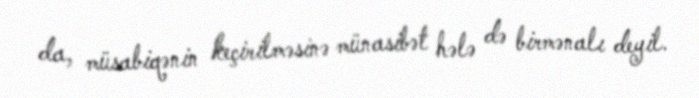
da, müsabiqənin keçirilməsinə münasibət hələ də birmənalı deyil.